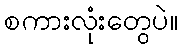
စကားလုံးတွေပဲ။